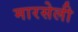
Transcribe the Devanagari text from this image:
मारसेली